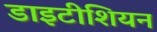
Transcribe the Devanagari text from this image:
डाइटीशियन